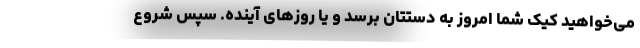
می‌خواهید کیک شما امروز به دستتان برسد و یا روزهای آینده. سپس شروع